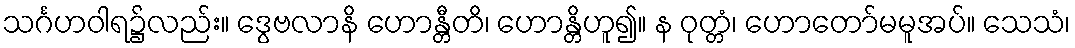
သင်္ဂဟဝါရ၌လည်း။ ဒွေဗလာနိ ဟောန္တီတိ၊ ဟောန္တိဟူ၍။ န ဝုတ္တံ၊ ဟောတော်မမူအပ်။ သေသံ၊